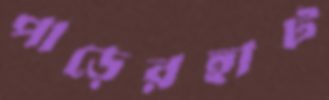
পাড়েরহাট